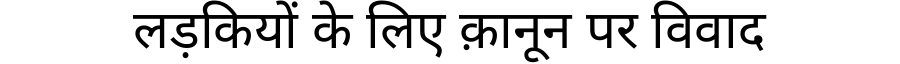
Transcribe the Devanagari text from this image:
लड़कियों के लिए क़ानून पर विवाद